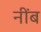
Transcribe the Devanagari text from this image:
नींब